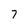
Character: 7